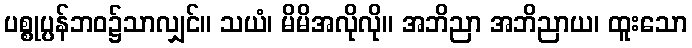
ပစ္စုပ္ပန်ဘဝ၌သာလျှင်။ သယံ၊ မိမိအလိုလို။ အဘိညာ အဘိညာယ၊ ထူးသော